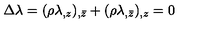
\Delta \lambda = ( \rho \lambda _ { , z } ) _ { , \bar { z } } + ( \rho \lambda _ { , \bar { z } } ) _ { , z } = 0